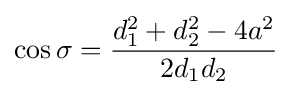
\cos \sigma ={\frac {d_{1}^{2}+d_{2}^{2}-4a^{2}}{2d_{1}d_{2}}}